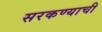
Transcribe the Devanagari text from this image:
सरकण्याची